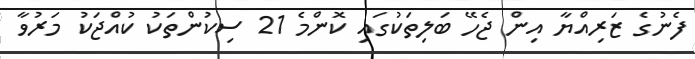
ފެނުގެ ޒަރިއްޔާ އިން ޖެހޭ ބަލިތަކުގައި ކޮންމެ 21 ސިކުންތަކު ކުއްޖަކު މަރުވާ